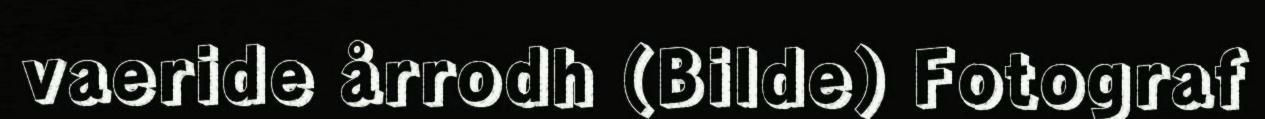
vaeride årrodh (Bilde) Fotograf